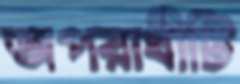
অপরাধীটি